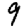
Digit: 9